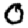
Digit: 0